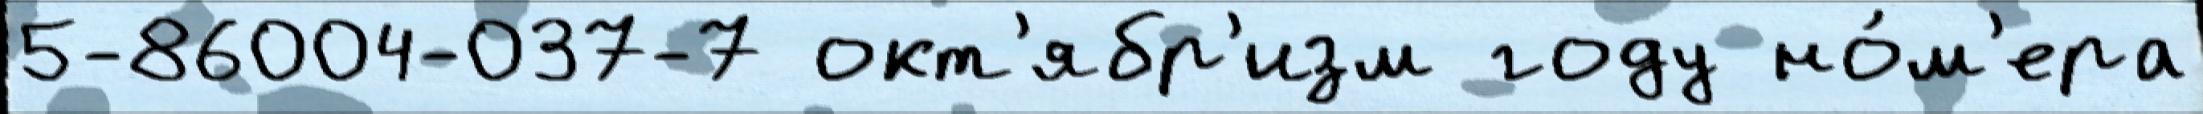
5-86004-037-7 окт'ябр'изм году но́м'ера